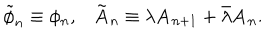
\tilde { \phi } _ { n } \equiv \phi _ { n } , \mathbf { \tilde { A } } _ { n } \equiv \lambda \mathbf { A } _ { n + 1 } + \bar { \lambda } \mathbf { A } _ { n } .